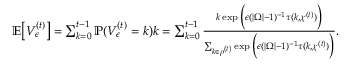
\begin{array} { r } { \mathbb { E } \big [ V _ { \epsilon } ^ { ( t ) } \big ] = \sum _ { k = 0 } ^ { t - 1 } \mathbb { P } ( V _ { \epsilon } ^ { ( t ) } = k ) k = \sum _ { k = 0 } ^ { t - 1 } \frac { k \exp \Big ( \epsilon ( | \Omega | - 1 ) ^ { - 1 } \tau ( k , \chi ^ { ( t ) } ) \Big ) } { \sum _ { k \in \rho ^ { ( t ) } } \exp \Big ( \epsilon ( | \Omega | - 1 ) ^ { - 1 } \tau ( k , \chi ^ { ( t ) } ) \Big ) } . } \end{array}